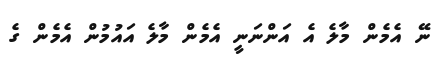
ނޭ އެމެން މާލެ އެ އަންނަނީ އެމެން މާލެ އައުމުން އެމެން ގެ